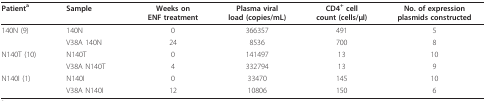
<table><thead><tr><td><b>Patient<sup>a</sup></b></td><td><b>Sample</b></td><td><b>Weeks on ENF treatment</b></td><td><b>Plasma viral load (copies/mL)</b></td><td><b>CD4<sup>+ </sup>cell count (cells/μl)</b></td><td><b>No. of expression plasmids constructed</b></td></tr></thead><tbody><tr><td>140N (9)</td><td>140N</td><td>0</td><td>366357</td><td>491</td><td>5</td></tr><tr><td></td><td>V38A 140N</td><td>24</td><td>8536</td><td>700</td><td>8</td></tr><tr><td>N140T (10)</td><td>N140T</td><td>0</td><td>141497</td><td>13</td><td>10</td></tr><tr><td></td><td>V38A N140T</td><td>4</td><td>332794</td><td>13</td><td>9</td></tr><tr><td>N140I (1)</td><td>N140I</td><td>0</td><td>33470</td><td>145</td><td>10</td></tr><tr><td></td><td>V38A N140I</td><td>12</td><td>10806</td><td>150</td><td>6</td></tr></tbody></table>